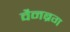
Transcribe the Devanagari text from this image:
वैनब्रग